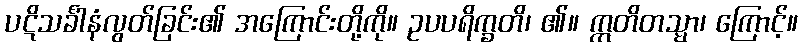
ပဋိသင်္ခါနံလွတ်ခြင်း၏ အကြောင်းတို့ကို။ ဥပပရိက္ခတိ၊ ၏။ ဣတိတသ္မာ၊ ကြောင့်။